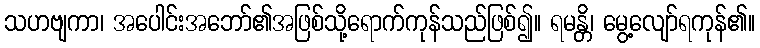
သဟဗျကာ၊ အပေါင်းအဘော်၏အဖြစ်သို့ရောက်ကုန်သည်ဖြစ်၍။ ရမန္တိ၊ မွေ့လျော်ရကုန်၏။